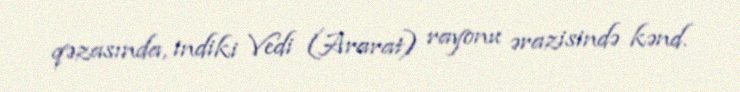
qəzasında, indiki Vedi (Ararat) rayonu ərazisində kənd.